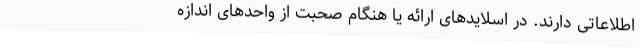
اطلاعاتی دارند. در اسلایدهای ارائه یا هنگام صحبت از واحدهای اندازه